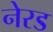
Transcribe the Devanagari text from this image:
नेरड